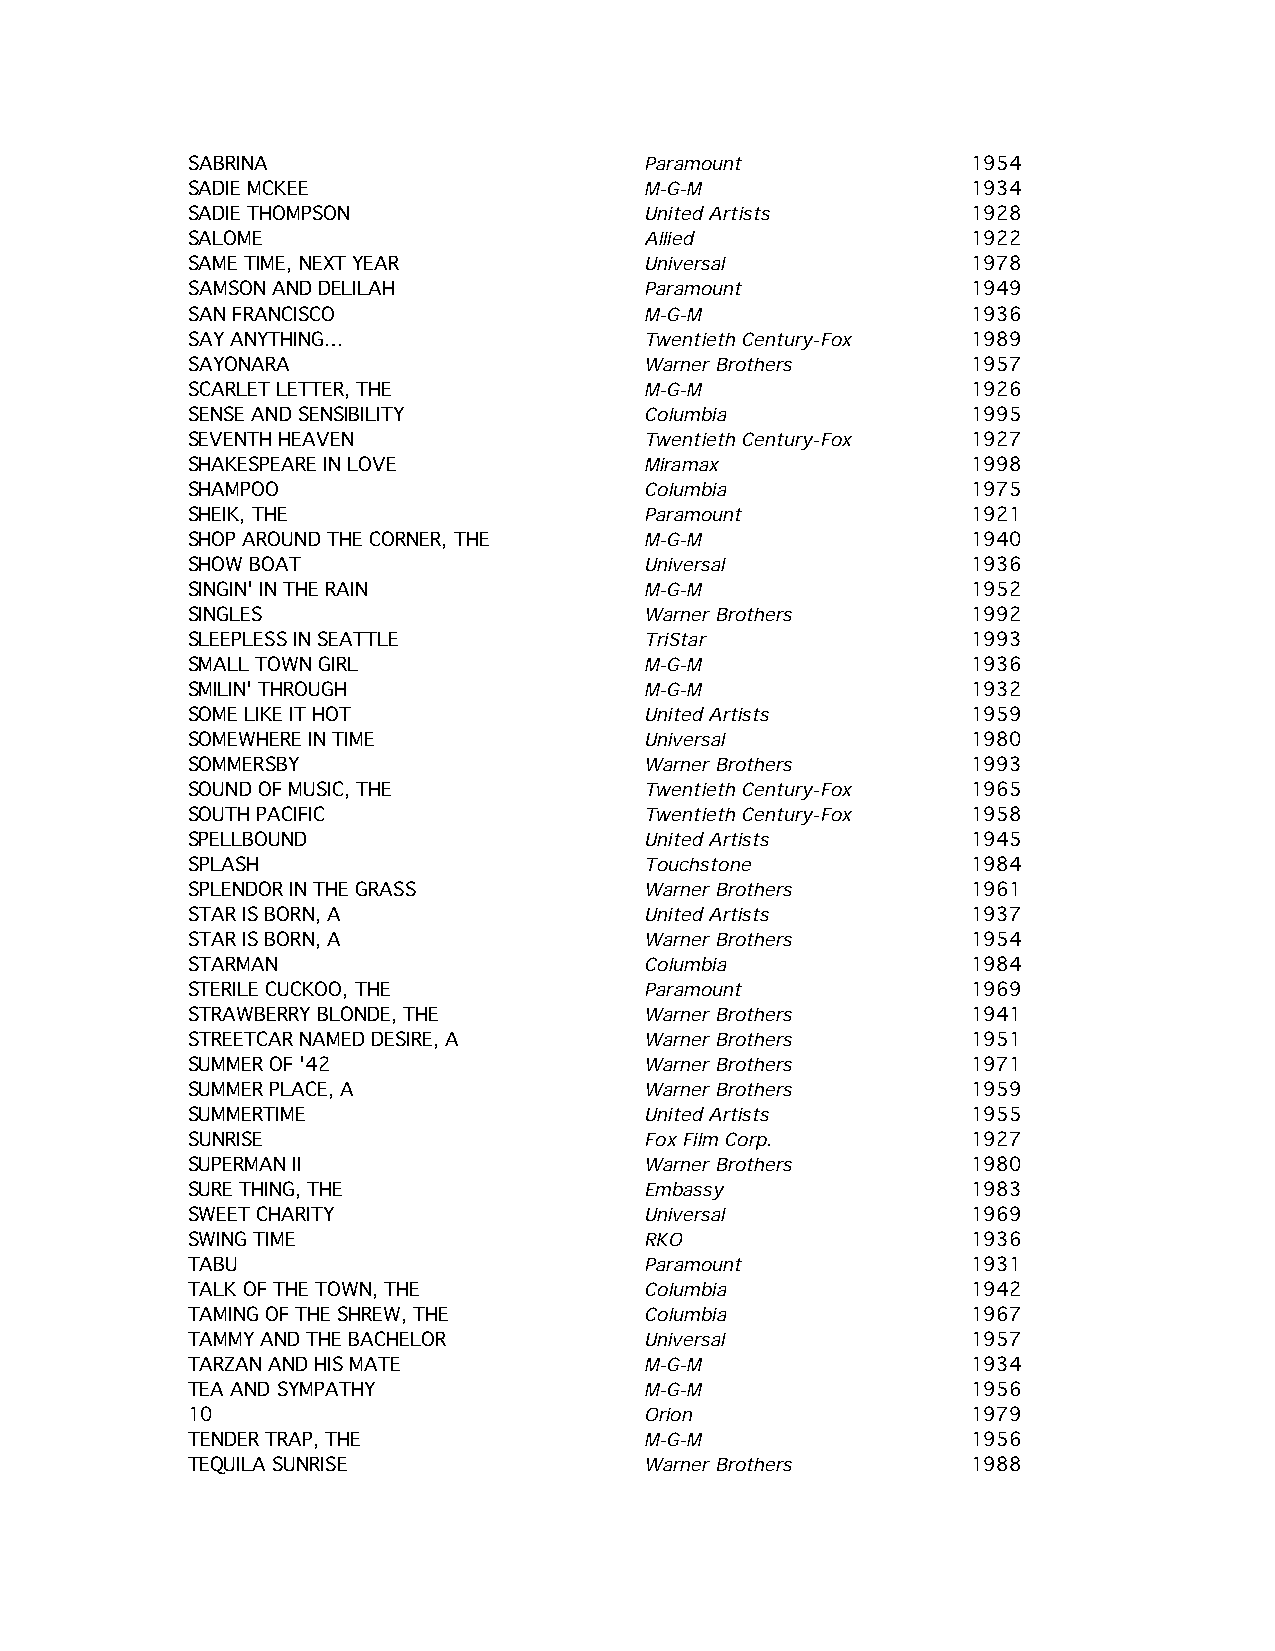
SABRINA                        Paramount            1954
 SADIE MCKEE                    M-G-M                1934
 SADIE THOMPSON                 United Artists       1928
 SALOME                         Allied               1922
 SAME TIME, NEXT YEAR           Universal            1978
 SAMSON AND DELILAH             Paramount            1949
 SAN FRANCISCO                  M-G-M                1936
 SAY ANYTHING…                  Twentieth Century-Fox 1989
 SAYONARA                       Warner Brothers      1957
 SCARLET LETTER, THE            M-G-M                1926
 SENSE AND SENSIBILITY          Columbia             1995
 SEVENTH HEAVEN                 Twentieth Century-Fox 1927
 SHAKESPEARE IN LOVE            Miramax              1998
 SHAMPOO                        Columbia             1975
 SHEIK, THE                     Paramount            1921
 SHOP AROUND THE CORNER, THE    M-G-M                1940
 SHOW BOAT                      Universal            1936
 SINGIN' IN THE RAIN            M-G-M                1952
 SINGLES                        Warner Brothers      1992
 SLEEPLESS IN SEATTLE           TriStar              1993
 SMALL TOWN GIRL                M-G-M                1936
 SMILIN' THROUGH                M-G-M                1932
 SOME LIKE IT HOT               United Artists       1959
 SOMEWHERE IN TIME              Universal            1980
 SOMMERSBY                      Warner Brothers      1993
 SOUND OF MUSIC, THE            Twentieth Century-Fox 1965
 SOUTH PACIFIC                  Twentieth Century-Fox 1958
 SPELLBOUND                     United Artists       1945
 SPLASH                         Touchstone           1984
 SPLENDOR IN THE GRASS          Warner Brothers      1961
 STAR IS BORN, A                United Artists       1937
 STAR IS BORN, A                Warner Brothers      1954
 STARMAN                        Columbia             1984
 STERILE CUCKOO, THE            Paramount            1969
 STRAWBERRY BLONDE, THE         Warner Brothers      1941
 STREETCAR NAMED DESIRE, A      Warner Brothers      1951
 SUMMER OF '42                  Warner Brothers      1971
 SUMMER PLACE, A                Warner Brothers      1959
 SUMMERTIME                     United Artists       1955
 SUNRISE                        Fox Film Corp.       1927
 SUPERMAN II                    Warner Brothers      1980
 SURE THING, THE                Embassy              1983
 SWEET CHARITY                  Universal            1969
 SWING TIME                     RKO                  1936
 TABU                           Paramount            1931
 TALK OF THE TOWN, THE          Columbia             1942
 TAMING OF THE SHREW, THE       Columbia             1967
 TAMMY AND THE BACHELOR         Universal            1957
 TARZAN AND HIS MATE            M-G-M                1934
 TEA AND SYMPATHY               M-G-M                1956
 10                             Orion                1979
 TENDER TRAP, THE               M-G-M                1956
 TEQUILA SUNRISE                Warner Brothers      1988